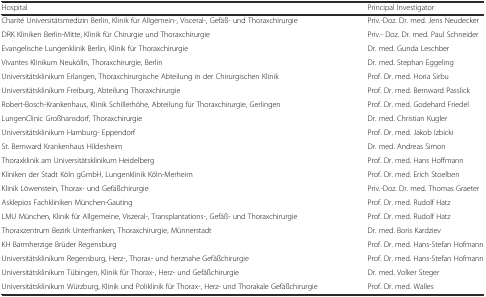
| Hospital | Principal Investigator |
 | --- | --- |
 | Charité Universitätsmedizin Berlin, Klinik für Allgemein-, Visceral-, Gefäß- und Thoraxchirurgie | Priv.-Doz. Dr. med. Jens Neudecker |
 | DRK Kliniken Berlin-Mitte, Klinik für Chirurgie und Thoraxchirurgie | Priv.- Doz. Dr. med. Paul Schneider |
 | Evangelische Lungenklinik Berlin, Klinik für Thoraxchirurgie | Dr. med. Gunda Leschber |
 | Vivantes Klinikum Neukölln, Thoraxchirurgie, Berlin | Dr. med. Stephan Eggeling |
 | Universitätsklinikum Erlangen, Thoraxchirurgische Abteilung in der Chirurgischen Klinik | Prof. Dr. med. Horia Sirbu |
 | Universitätsklinikum Freiburg, Abteilung Thoraxchirurgie | Prof. Dr. med. Bernward Passlick |
 | Robert-Bosch-Krankenhaus, Klinik Schillerhöhe, Abteilung für Thoraxchirurgie, Gerlingen | Prof. Dr. med. Godehard Friedel |
 | LungenClinic Großhansdorf, Thoraxchirurgie | Dr. med. Christian Kugler |
 | Universitätsklinikum Hamburg- Eppendorf | Prof. Dr. med. Jakob Izbicki |
 | St. Bernward Krankenhaus Hildesheim | Dr. med. Andreas Simon |
 | Thoraxklinik am Universitätsklinikum Heidelberg | Prof. Dr. med. Hans Hoffmann |
 | Kliniken der Stadt Köln gGmbH, Lungenklinik Köln-Merheim | Prof. Dr. med. Erich Stoelben |
 | Klinik Löwenstein, Thorax- und Gefäßchirurgie | Priv.-Doz. Dr. med. Thomas Graeter |
 | Asklepios Fachkliniken München-Gauting | Prof. Dr. med. Rudolf Hatz |
 | LMU München, Klinik für Allgemeine, Viszeral-, Transplantations-, Gefäß- und Thoraxchirurgie | Prof. Dr. med. Rudolf Hatz |
 | Thoraxzentrum Bezirk Unterfranken, Thoraxchirurgie, Münnerstadt | Dr. med. Boris Kardziev |
 | KH Barmherzige Brüder Regensburg | Prof. Dr. med. Hans-Stefan Hofmann |
 | Universitätsklinikum Regensburg, Herz-, Thorax- und herznahe Gefäßchirurgie | Prof. Dr. med. Hans-Stefan Hofmann |
 | Universitätsklinikum Tübingen, Klinik für Thorax-, Herz- und Gefäßchirurgie | Dr. med. Volker Steger |
 | Universitätsklinikum Würzburg, Klinik und Poliklinik für Thorax-, Herz- und Thorakale Gefäßchirurgie | Prof. Dr. med. Walles |